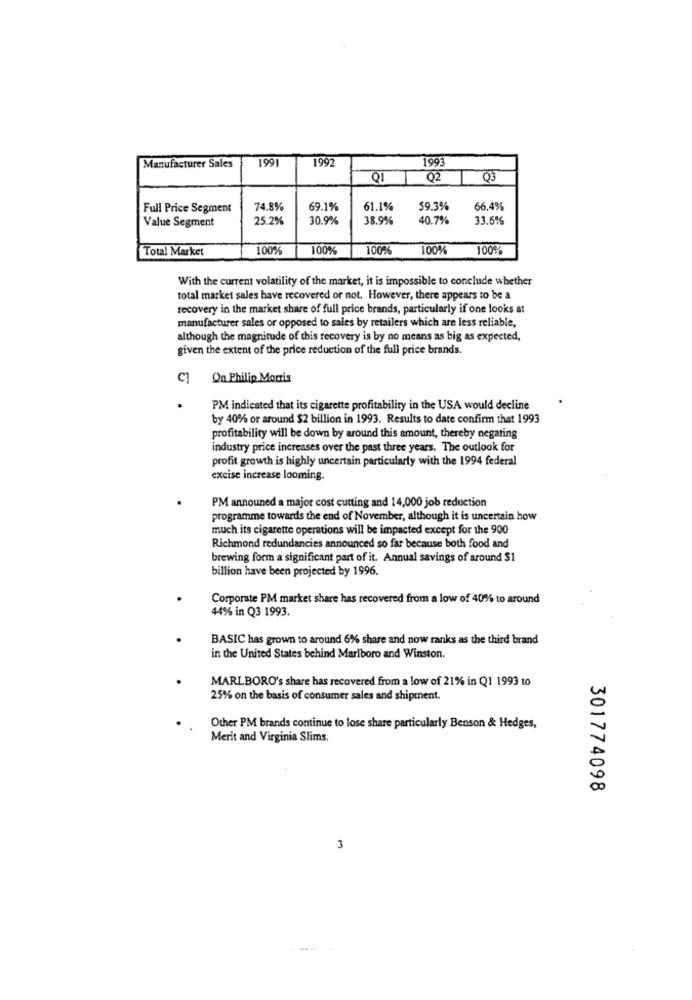
1661
1992
1993
Manufacturer Sales
Q1
02
T
Q3
Full Price Segment
74.8%
69.1%
61.1%
59.3%
66,4%
Value Segment
25.2%
30.9%
38.9%
40.7%
33.6%
Total Market
100%
100%
100%
100%
100%
With the current volatility of the market, it is impossible to conclude whether
total market sales have recovered or not. However, there appears to be a
recovery in the market share of full price brands, particularly if one looks at
manufacturer sales or opposed to sales by retailers which are less reliable,
although the magnitude of this recovery is by no means as big as expected,
given the extent of the price reduction of the full price brands.
C1
On Philip Morris
.
PM indicated that its cigarette profitability in the USA would decline
by 40% or around $2 billion in 1993. Results to date confirm that 1993
profitability will be down by around this amount, thereby negating
industry price increases over the past three years. The outlook for
profit growth is highly uncertain particularly with the 1994 federal
excise increase looming.
PM announed a major cost cutting and 14,000 job reduction
programme towards the end of November, although it is uncertain how
much its cigarette operations will be impacted except for the 900
Richmond redundancies announced so far because both food and
brewing form a significant part of it. Annual savings of around $1
billion have been projected by 1996.
Corporate PM market share has recovered from a low of 40% to around
44% in Q3 1993.
BASIC has grown to around 6% share and now ranks as the third brand
in the United States behind Marlboro and Winston.
MARLBORO's share has recovered from a low of 21% in Q1 1993 to
25% on the basis of consumer sales and shipment.
Other PM brands continue to lose share particularly Benson & Hedges,
Merit and Virginia Slims.
301774098
3
....